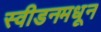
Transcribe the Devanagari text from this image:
स्वीडनमधून